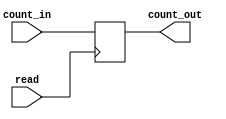
`timescale 1ns/1ps
module memory(count_in, read, count_out);
  input [11:0] count_in;
  input read;
  output reg [11:0] count_out;

  always@(posedge read) begin
    count_out <= count_in;
  end
endmodule // memory